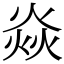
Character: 焱